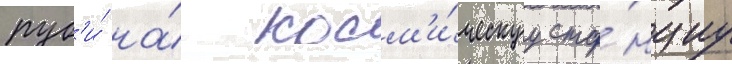
руб'и́ на́ косм'и́ческуу ста́нциу